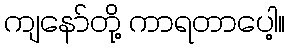
ကျနော်တို့ ကာရတာပေါ့။